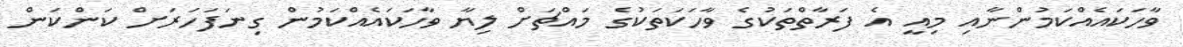
ވާހަކައެއްކަމުންނާއި މިއީ އެ ފަރާތްތަކުގެ ވާހަކަތަކުގެ މައްޗަށް ލިޔާ ވާހަކައެއްކަމުން ގިނަފަހަރަށް ކަންކަން